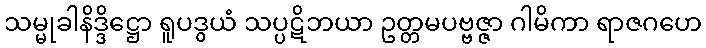
သမ္မုခါနိဒ္ဒိဋ္ဌော ရူပဒွယံ သပ္ပဋိဘယာ ဥတ္တမပဗ္ဗဇ္ဇာ ဂါမိကာ ရာဇဂဟေ